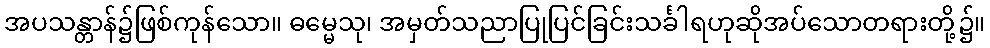
အပသန္တာန်၌ဖြစ်ကုန်သော။ ဓမ္မေသု၊ အမှတ်သညာပြုပြင်ခြင်းသင်္ခါရဟုဆိုအပ်သောတရားတို့၌။